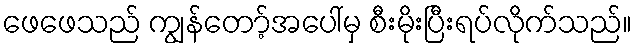
ဖေဖေသည် ကျွန်တော့်အပေါ်မှ စီးမိုးပြီးရပ်လိုက်သည်။